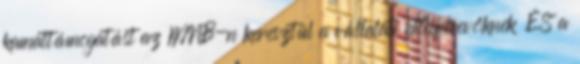
kamattámogatást az MNB-n keresztül a vállalati hitelfelvevőknek ÉS a